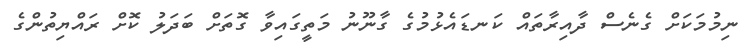
ނިމުމަކަށް ގެނެސް ދާއިރާތައް ކަނޑައެޅުމުގެ ގާނޫނު މަތީގައިވާ ގޮތަށް ބަދަލު ކޮށް ރައްޔިތުންގެ